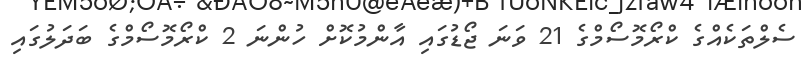
ސެލްތަކެއްގެ ކްރޯމޮސޯމްގެ 21 ވަނަ ޖޯޑުގައި އާންމުކޮށް ހުންނަ 2 ކްރޯމޮސޯމްގެ ބަދަލުގައި